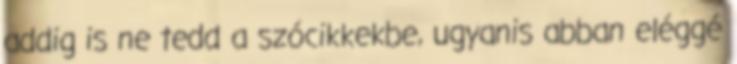
addig is ne tedd a szócikkekbe, ugyanis abban eléggé